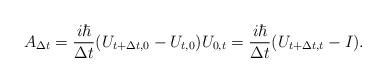
LaTeX: \begin{align*}A_{\Delta t}=\frac{i\hbar}{\Delta t}(U_{t+\Delta t,0}-U_{t,0})U_{0,t}=\frac{i\hbar}{\Delta t}(U_{t+\Delta t,t}-I). \end{align*}